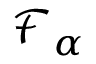
{ \mathcal F } _ { \alpha }